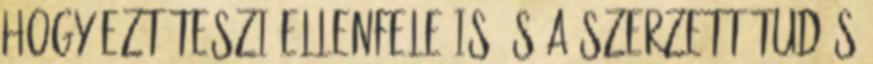
hogy ezt teszi ellenfele is. S a szerzett tudás